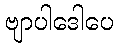
ဗျာပါဒေါပေ